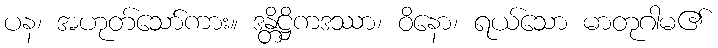
ပန၊ အဟုတ်သော်ကား။ ဒန္တိဋ္ဌိကဒဿာ၊ ဝိနော၊ ရယ်သော မာတုဂါမ၏